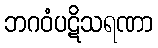
ဘဂဝံပဋိသရဏာ